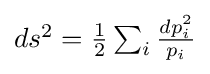
\textstyle ds^{2}={\frac {1}{2}}\sum _{i}{\frac {dp_{i}^{2}}{p_{i}}}